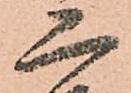
二